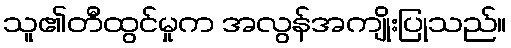
သူ၏တီထွင်မှုက အလွန်အကျိုးပြုသည်။